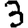
Digit: 3